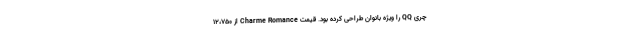
چری QQ را ویژه بانوان طراحی کرده بود. قیمت Charme Romance از ۱۲،۷۵۰